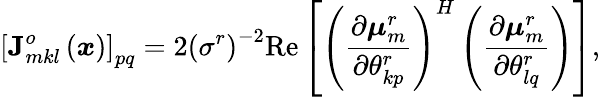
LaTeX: \left[\mathbf{J}_{mkl}^{o}\left(\boldsymbol{x}\right)\right]_{pq}=2\left(\sigma^{r}\right)^{-2}\textrm{Re}\left[\left(\frac{\partial\boldsymbol{\mu}_{m}^{r}}{\partial\theta_{kp}^{r}}\right)^{H}\left(\frac{\partial\boldsymbol{\mu}_{m}^{r}}{\partial\theta_{lq}^{r}}\right)\right],